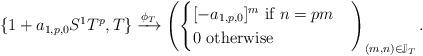
LaTeX: \begin{align*}\{1+a_{1,p,0}S^1T^p, T\}\xrightarrow{\phi_T}\left (\begin{cases} [-a_{1,p,0}]^m \textrm{ if } n=pm \\0\textrm{ otherwise}\end{cases}\right )_{(m,n)\in\mathbb{J}_T}.\end{align*}